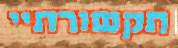
תקשורתיי